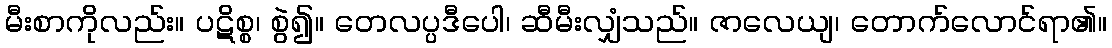
မီးစာကိုလည်း။ ပဋိစ္စ၊ စွဲ၍။ တေလပ္ပဒီပေါ၊ ဆီမီးလျှံသည်။ ဇာလေယျ၊ တောက်လောင်ရာ၏။